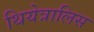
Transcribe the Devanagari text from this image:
थियेत्रालिस